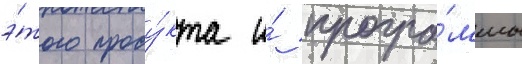
э́того проду́кта и́ програ́ммы